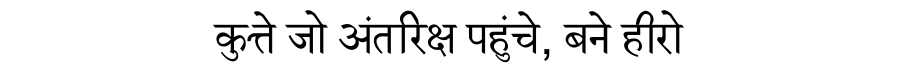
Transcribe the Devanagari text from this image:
कुत्ते जो अंतरिक्ष पहुंचे, बने हीरो